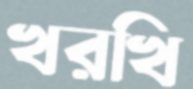
খরখি